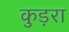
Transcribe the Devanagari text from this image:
कुड़रा